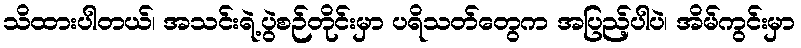
သိထားပါတယ်၊ အသင်းရဲ့ပွဲစဉ်တိုင်းမှာ ပရိသတ်တွေက အပြည့်ပါပဲ၊ အိမ်ကွင်းမှာ